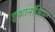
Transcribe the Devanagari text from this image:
इकानॉमिस्ट